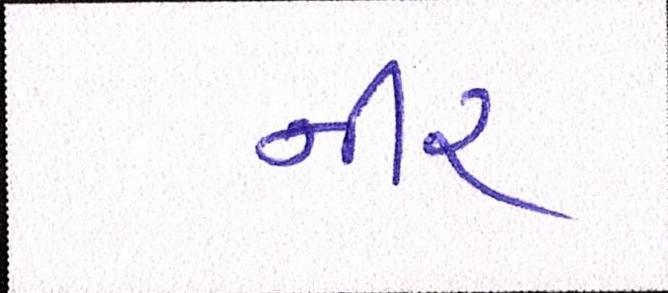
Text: નીર